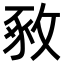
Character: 𢽴